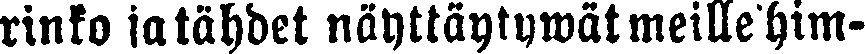
rinko ja tähdet näyttäytywät meille him-